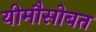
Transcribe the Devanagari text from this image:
यीमौसोबत